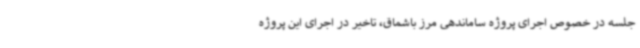
جلسه در خصوص اجرای پروژه ساماندهی مرز باشماق، تاخیر در اجرای این پروژه